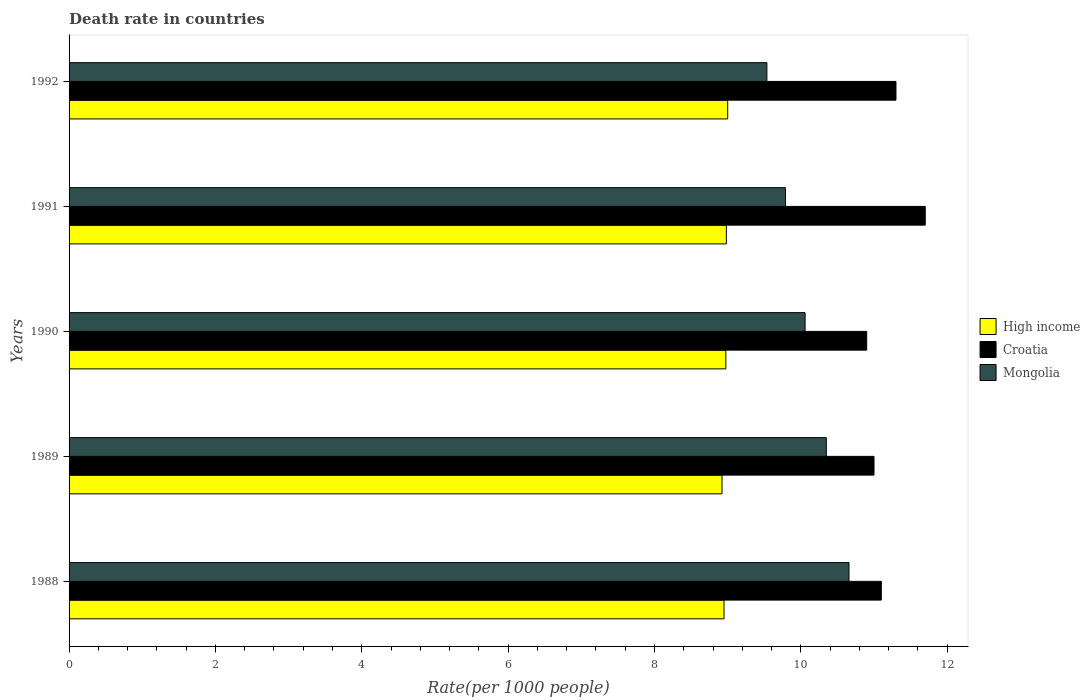
| Years | High income | Croatia | Mongolia |
 | --- | --- | --- | --- |
 | 1988 | 8.95 | 11.1 | 10.7 |
 | 1989 | 8.92 | 11 | 10.3 |
 | 1990 | 8.97 | 10.9 | 10.1 |
 | 1991 | 8.98 | 11.7 | 9.79 |
 | 1992 | 9 | 11.3 | 9.54 |